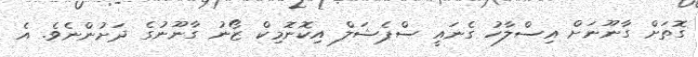
ގޮތަށް ގާނޫނަށް އިސްލާހު ގެނައީ ސްޕެޝަލް އިކޮނޮމިކް ޒޯނު ގާނޫނުގެ ދަށުންނެވެ. އެ